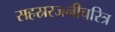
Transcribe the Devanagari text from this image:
सहस्ररजनीचरित्र